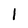
Character: 1